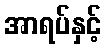
အာရပ်နှင့်